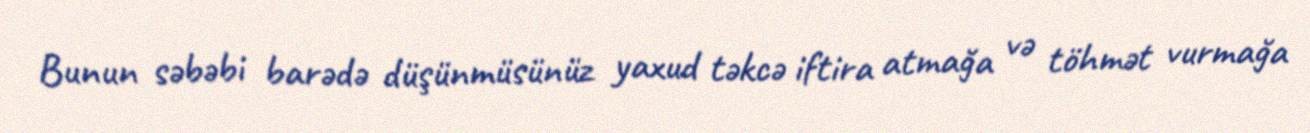
Bunun səbəbi barədə düşünmüsünüz yaxud təkcə iftira atmağa və töhmət vurmağa